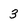
Character: 3